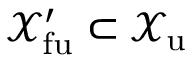
\mathcal X _ { \mathrm { f u } } ^ { \prime } \subset \mathcal X _ { \mathrm { u } }